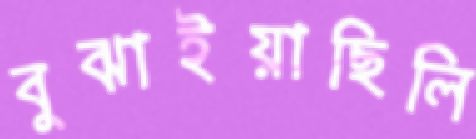
বুঝাইয়াছিলি